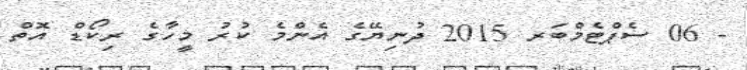
- 06 ސެޕްޓެމްބަރ 2015 ދުނިޔޭގެ އެންމެ ކުރު މީހާގެ ރިކޯޑް އޮތް